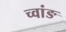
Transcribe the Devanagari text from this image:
च्वांङ